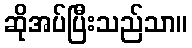
ဆိုအပ်ပြီးသည်သာ။